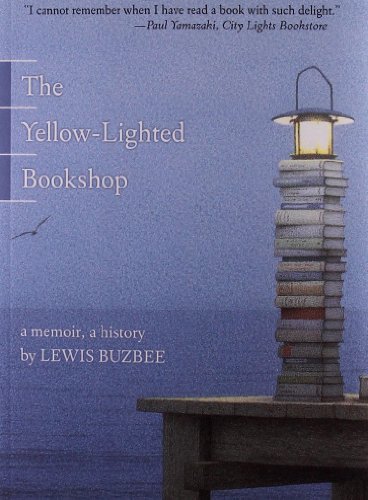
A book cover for The Yellow-Lighted Bookshop: A Memoir, a History; Lewis Buzbee; Crafts, Hobbies & Home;